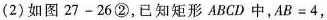
(2)如图27-26②，已知矩形ABCD中，$$A B = 4$$，